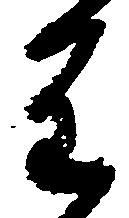
重